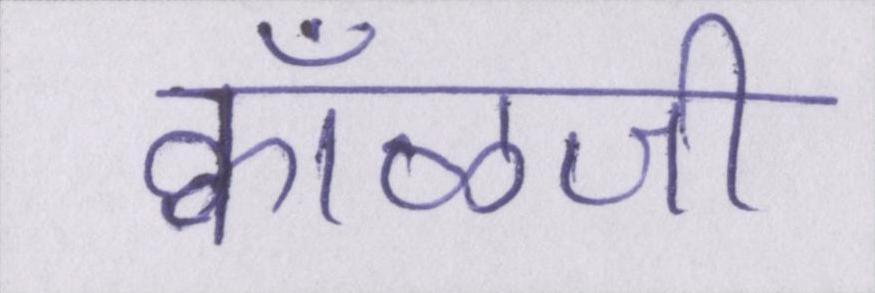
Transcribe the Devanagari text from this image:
क्वाँळजी